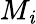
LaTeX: M_{\mathit{i}}